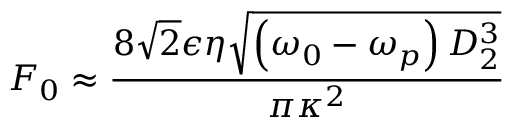
F _ { 0 } \approx \frac { 8 \sqrt { 2 } \epsilon \eta \sqrt { \left( \omega _ { 0 } - \omega _ { p } \right) D _ { 2 } ^ { 3 } } } { \pi \kappa ^ { 2 } }